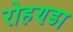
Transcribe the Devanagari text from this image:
रोहण्डा